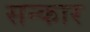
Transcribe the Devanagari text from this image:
सन्कार